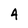
Character: 4